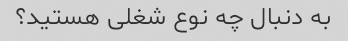
به دنبال چه نوع شغلی هستید؟